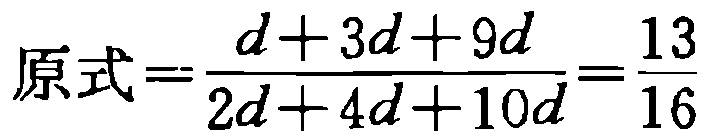
\(原式=\frac{d + 3d + 9d}{2d + 4d + 10d}=\frac{13}{16}\)